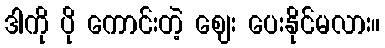
ဒါကို ပို ကောင်းတဲ့ ဈေး ပေးနိုင်မလား။